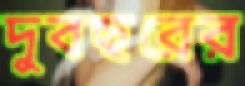
দুবছরের